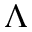
\Lambda